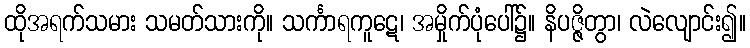
ထိုအရက်သမား သမတ်သားကို။ သင်္ကာရကူဋေ၊ အမှိုက်ပုံပေါ်၌။ နိပဇ္ဇိတွာ၊ လဲလျောင်း၍။